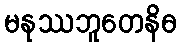
မနုဿဘူတေနိဓ